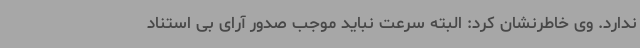
ندارد. وی خاطرنشان کرد: البته سرعت نباید موجب صدور آرای بی استناد